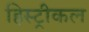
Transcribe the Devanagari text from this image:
हिस्ट्रीकल